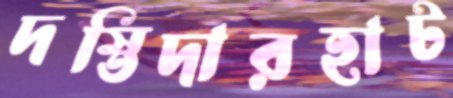
দস্তিদারহাট